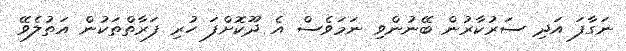
ނަގާފަ އަދި ސަރުކާރުން ބޭނުންވި ނަމަވެސް އެ ދޫކޮށްފަ ހުރި ފަރާތްތަކުން އަތުލެވޭ